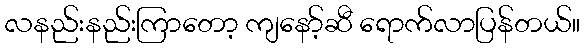
လနည်းနည်းကြာတော့ ကျနော့်ဆီ ရောက်လာပြန်တယ်။